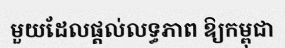
មួយដែលផ្តល់លទ្ធភាព ឱ្យកម្ពុជា